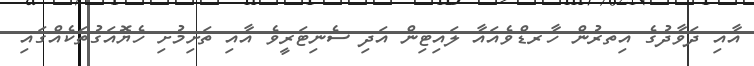
އާއި ދަވާދުގެ އިތރުން ހާރޑްވެއައާ ލައިޓިން އަދި ސެނިޓަރީވެ އާއި ތަށިމުށި ހެޔޮއަގުތަކެއްގައި